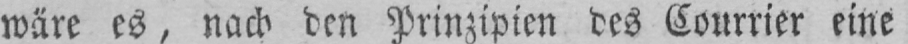
wäre es, nach den Prinzipien des Courrier eine